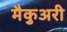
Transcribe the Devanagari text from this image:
मैकुअरी